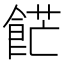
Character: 𩛲